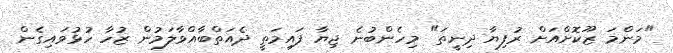
"މަންމަ ޒޫކޮށްއަށް ރުފިޔާ ދިނީތަ" މިހެންބުނެ ޖިޔާ ފައިމަތީ ދެއަތްބާއްވާލަމުން ޒުހާ ހުޅުވައިގެން